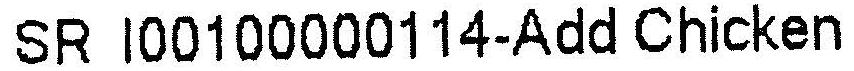
SR I00100000114-ADD CHICKEN